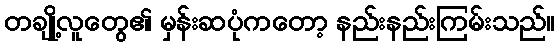
တချို့လူတွေ၏ မှန်းဆပုံကတော့ နည်းနည်းကြမ်းသည်။